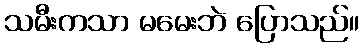
သမီးကသာ မမေးဘဲ ပြောသည်။